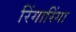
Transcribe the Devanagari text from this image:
रिंगारिंगा